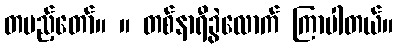
တပည့်တော်။ ။ တစ်နာရီခွဲလောက် ကြာပါတယ်။